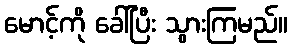
မောင့်ကို ခေါ်ပြီး သွားကြမည်။